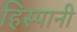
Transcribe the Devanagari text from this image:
हिस्पानी